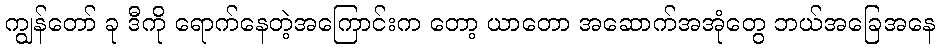
ကျွန်တော် ခု ဒီကို ရောက်နေတဲ့အကြောင်းက တော့ ယာတော အဆောက်အအုံတွေ ဘယ်အခြေအနေ